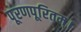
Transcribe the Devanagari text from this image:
पूरणपूरितम्।